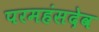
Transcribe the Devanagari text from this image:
परमहंसदेव